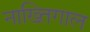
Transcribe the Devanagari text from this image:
नाख्तिगाल